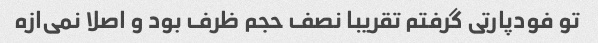
تو فودپارتی گرفتم تقریبا نصف حجم ظرف بود و اصلا نمی‌ازه